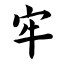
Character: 牢